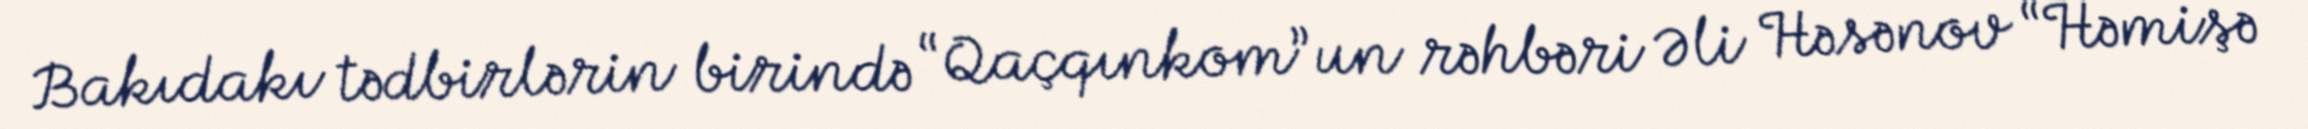
Bakıdakı tədbirlərin birində “Qaçqınkom”un rəhbəri Əli Həsənov “Həmişə